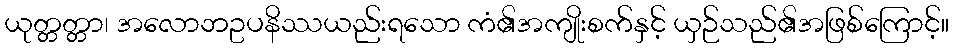
ယုတ္တတ္တာ၊ အလောဘဥပနိဿယည်းရသော ကံ၏အကျိုးစက်နှင့် ယှဉ်သည်၏အဖြစ်ကြောင့်။